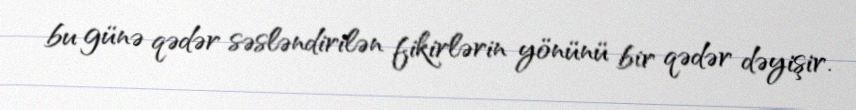
bu günə qədər səsləndirilən fikirlərin yönünü bir qədər dəyişir.